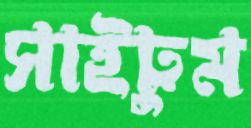
সাইয়ুম